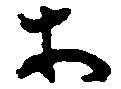
等